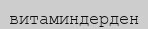
витаминдерден